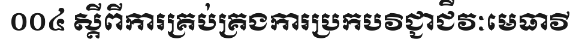
០០៤ ស្តីពីការគ្រប់គ្រងការប្រកបវិជ្ជាជីវៈមេធាវី